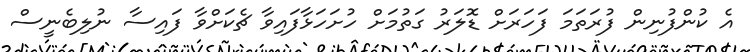
އެ ކުންފުނިން ފުރަތަމަ ފަހަރަށް ޑޮލަރު ގަތުމަށް ހުށަހަޅާފައިވާ ޗެކަށްވާ ފައިސާ ނުލިބެނީސް